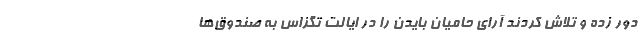
دور زده و تلاش کردند آرای حامیان بایدن را در ایالت تگزاس به صندوق‌ها